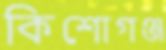
কিশোগঞ্জ